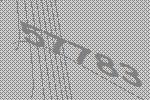
57783